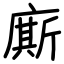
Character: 廝